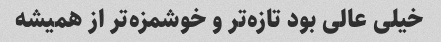
خیلی عالی بود تازه‌تر و خوشمزه‌تر از همیشه